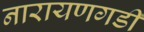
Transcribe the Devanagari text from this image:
नारायणगडी